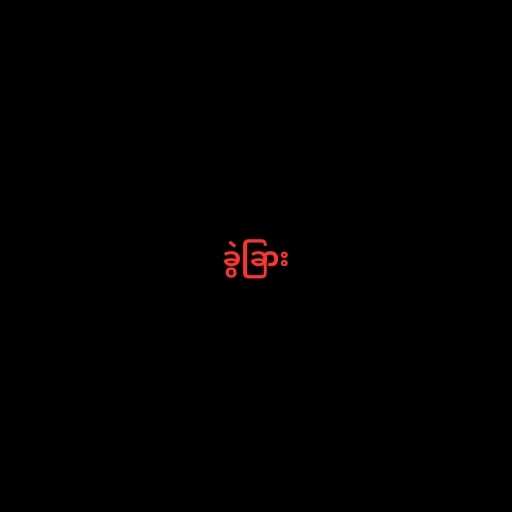
ခွဲခြား